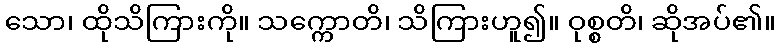
သော၊ ထိုသိကြားကို။ သက္ကောတိ၊ သိကြားဟူ၍။ ဝုစ္စတိ၊ ဆိုအပ်၏။